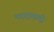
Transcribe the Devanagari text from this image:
पददानादी